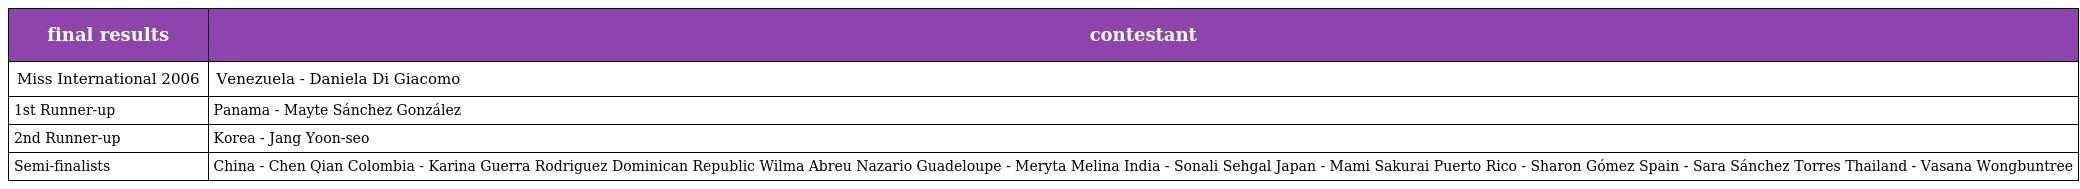
| final results | contestant |
 | --- | --- |
 | Miss International 2006 | Venezuela - Daniela Di Giacomo |
 | 1st Runner-up | Panama - Mayte Sánchez González |
 | 2nd Runner-up | Korea - Jang Yoon-seo |
 | Semi-finalists | China - Chen Qian Colombia - Karina Guerra Rodriguez Dominican Republic Wilma Abreu Nazario Guadeloupe - Meryta Melina India - Sonali Sehgal Japan - Mami Sakurai Puerto Rico - Sharon Gómez Spain - Sara Sánchez Torres Thailand - Vasana Wongbuntree |